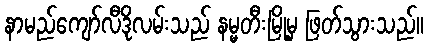
နာမည်ကျော်လီဒိုလမ်းသည် နမ္မတီးမြို့မှ ဖြတ်သွားသည်။